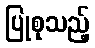
ပြုစုသည့်